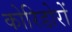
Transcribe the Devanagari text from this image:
कोरिडोरों